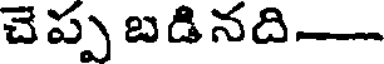
చెప్ప బడినది-